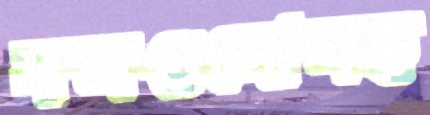
দলগুলোসহ